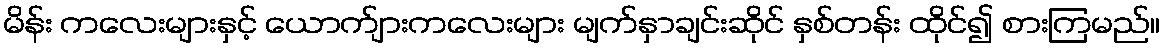
မိန်း ကလေးများနှင့် ယောက်ျားကလေးများ မျက်နှာချင်းဆိုင် နှစ်တန်း ထိုင်၍ စားကြမည်။